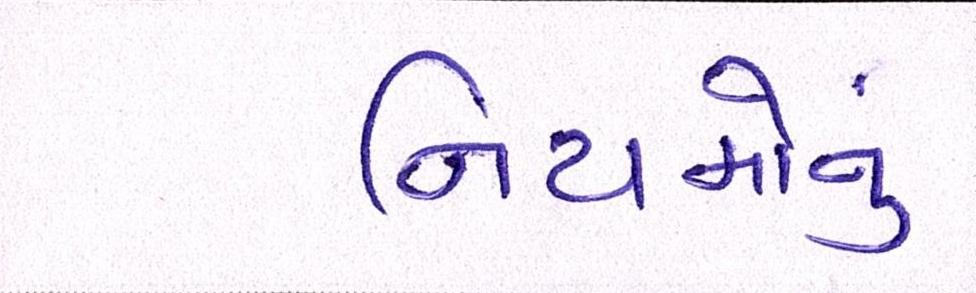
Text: નિયમોનું